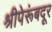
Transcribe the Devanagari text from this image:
श्रीपेरूंबदूर